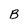
Character: B